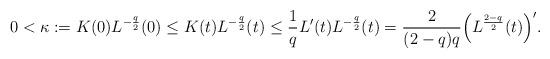
LaTeX: \begin{align*}0<\kappa:=K(0)L^{-\frac q2}(0)\le K(t)L^{-\frac q2}(t)\le \frac 1qL'(t)L^{-\frac q2}(t)=\frac{2}{(2-q)q}\Big(L^{\frac {2-q}{2}}(t)\Big)'.\end{align*}